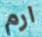
ارم